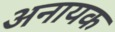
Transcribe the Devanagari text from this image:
अनायक